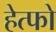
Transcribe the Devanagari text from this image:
हेत्फो